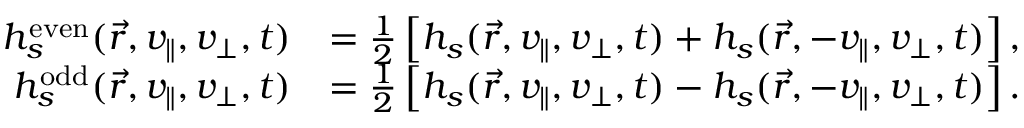
\begin{array} { r l } { h _ { s } ^ { \mathrm { e v e n } } ( \vec { r } , v _ { \parallel } , v _ { \perp } , t ) } & { = \frac { 1 } { 2 } \left[ h _ { s } ( \vec { r } , v _ { \parallel } , v _ { \perp } , t ) + h _ { s } ( \vec { r } , - v _ { \parallel } , v _ { \perp } , t ) \right] , } \\ { h _ { s } ^ { \mathrm { o d d } } ( \vec { r } , v _ { \parallel } , v _ { \perp } , t ) } & { = \frac { 1 } { 2 } \left[ h _ { s } ( \vec { r } , v _ { \parallel } , v _ { \perp } , t ) - h _ { s } ( \vec { r } , - v _ { \parallel } , v _ { \perp } , t ) \right] . } \end{array}